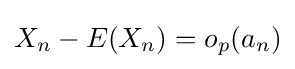
X_{n}-E(X_{n})=o_{p}(a_{n})